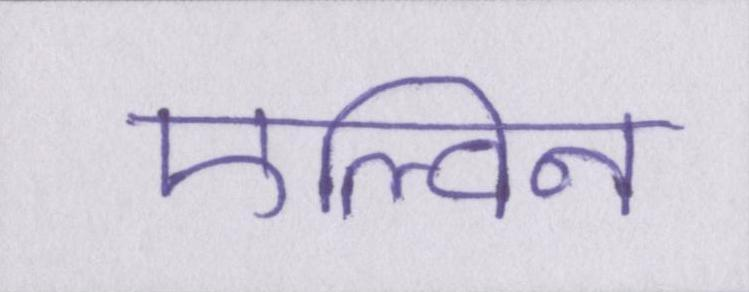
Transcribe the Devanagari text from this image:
एल्विन